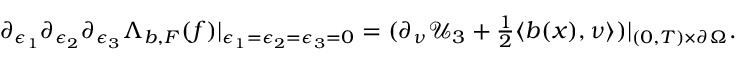
\begin{array} { r } { \partial _ { \epsilon _ { 1 } } \partial _ { \epsilon _ { 2 } } \partial _ { \epsilon _ { 3 } } \Lambda _ { b , F } ( f ) { | _ { \epsilon _ { 1 } = \epsilon _ { 2 } = \epsilon _ { 3 } = 0 } } = ( \partial _ { \nu } \mathcal { U } _ { 3 } + \frac { 1 } { 2 } \langle b ( x ) , \nu \rangle ) | _ { ( 0 , T ) \times \partial \Omega } . } \end{array}